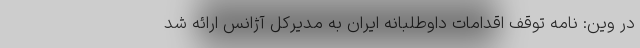
در وین: نامه توقف اقدامات داوطلبانه ایران به مدیرکل آژانس ارائه شد